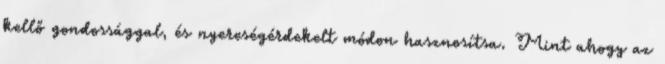
kellő gondossággal, és nyereségérdekelt módon hasznosítsa. Mint ahogy az